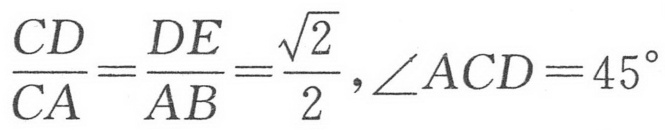
\(\frac{CD}{CA}=\frac{DE}{AB}=\frac{\sqrt{2}}{2},\angle ACD = 45^{\circ}\)